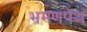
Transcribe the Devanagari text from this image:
भ्रमणपथ